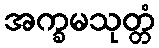
အက္ခမသုတ္တံ